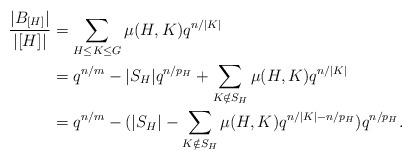
LaTeX: \begin{align*}\frac{|B_{[H]}|}{|[H]|} &= \sum_{H \le K \le G} \mu(H,K) q^{n/|K|}\\&= q^{n/m} - |S_H| q^{n/p_H} + \sum_{K \notin S_H} \mu(H,K) q^{n/|K|}\\&= q^{n/m} - (|S_H| - \sum_{K \notin S_H} \mu(H,K) q^{n/|K| - n/p_H} ) q^{n/p_H}.\end{align*}